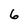
Character: 6